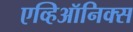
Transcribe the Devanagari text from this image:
एव्हिऑनिक्स